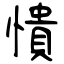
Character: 憒